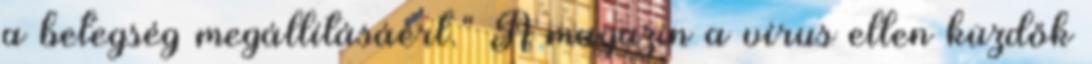
a betegség megállításáért." A magazin a vírus ellen küzdők